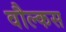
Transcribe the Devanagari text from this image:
वौल्कस